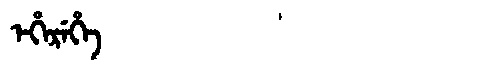
Manchu: ᡝᡥᡝᡵᡝᡥᡝ
Romanization: EHEREHE